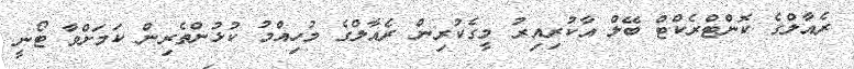
ރެއާލްގެ ކޮންޓްރެކްޓް ބޭލް އާކުރިއިރު މީގެކުރިން ރެއާލްގެ މުހިއްމު ކުޅުންތެރިން ކަމަށްވާ ޓޯނީ